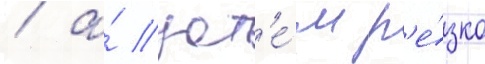
/ а́ зат'е́м р'е́зко